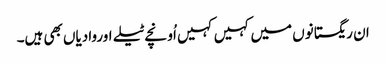
ان ریگستانوں میں کہیں کہیں اُونچے ٹیلے اوروادیاں بھی ہیں۔